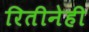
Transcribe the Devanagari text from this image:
रितीनेही